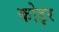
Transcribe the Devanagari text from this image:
कोइर